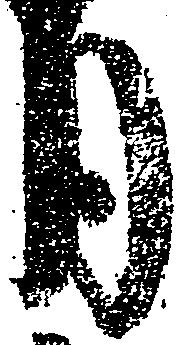
月